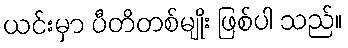
ယင်းမှာ ပီတိတစ်မျိုး ဖြစ်ပါ သည်။